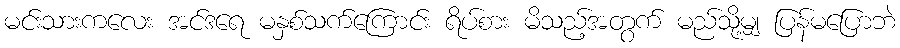
မင်းသားကလေး အင်ဒရေ မနှစ်သက်ကြောင်း ရိပ်စား မိသည့်အတွက် မည်သို့မျှ ပြန်မပြောဘဲ